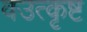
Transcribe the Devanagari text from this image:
वउत्कृष्ट